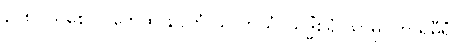
၃၂၈။ သစေ လဘေထ နိပကံ သဟာယံ၊ သဒ္ဓိံစရံ သာဓုဝိဟာရိဓီရံ။